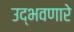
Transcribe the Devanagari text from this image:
उद्‌भवणारे